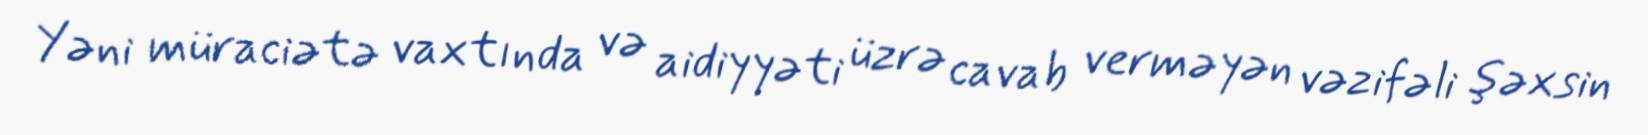
Yəni müraciətə vaxtında və aidiyyəti üzrə cavab verməyən vəzifəli şəxsin